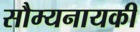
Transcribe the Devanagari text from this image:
सौम्यनायकी